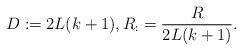
LaTeX: \begin{align*} D := 2L(k+1), R_ := \frac{R}{2L(k+1)}. \end{align*}